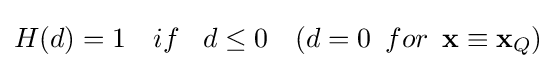
H(d)=1\,\,\,\,\,\,if\,\,\,\,\,d\leq 0\,\,\,\,\,\,(d=0\,\,\,for\,\,\,\mathbf {x} \equiv \mathbf {x} _{Q})